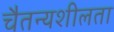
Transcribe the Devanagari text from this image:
चैतन्यशीलता